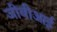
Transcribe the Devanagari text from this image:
जीबीआई